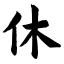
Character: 休